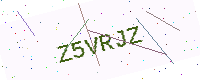
Text: Z5VRJZ